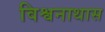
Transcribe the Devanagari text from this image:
विश्वनाथास